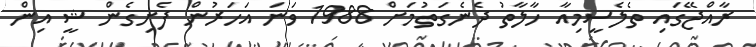
ރާއްޖޭގައި ތެލެސީމިއާ ހާލާތު ދެނެގަތުމަށް 1988 ވަނަ އަހަރުން ފެށިގެން ޝީ އިން